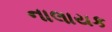
નાલાયક